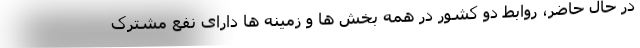
در حال حاضر، روابط دو کشور در همه بخش ها و زمینه ها دارای نفع مشترک